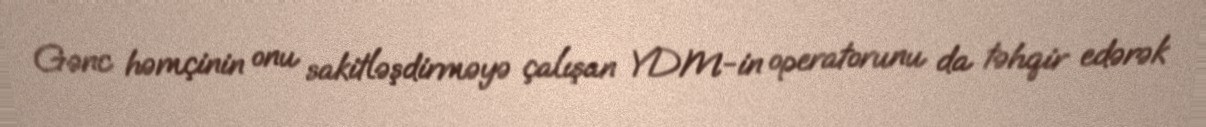
Gənc həmçinin onu sakitləşdirməyə çalışan YDM-in operatorunu da təhqir edərək